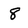
Character: 8